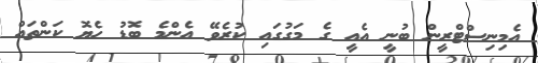
އެމިނިސްޓްރީން ބުނީ އެއީ ގެ މަގުގައި ކުރެވޭ އެންމެ ބޮޑު ހެޔޮ ކަންތައް